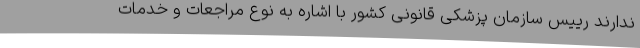
ندارند رییس سازمان پزشکی قانونی کشور با اشاره به نوع مراجعات و خدمات